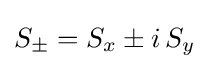
S_{\pm }=S_{x}\pm i\,S_{y}